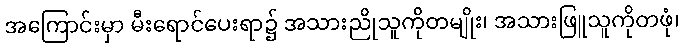
အကြောင်းမှာ မီးရောင်ပေးရာ၌ အသားညိုသူကိုတမျိုး၊ အသားဖြူသူကိုတဖုံ၊